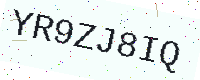
Text: YR9ZJ8IQ